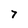
Character: 7